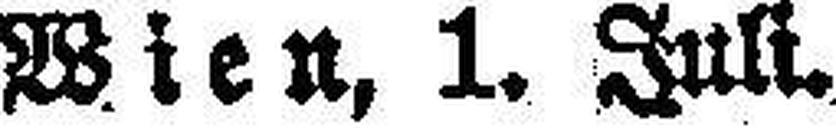
Wien, 1. Juli.